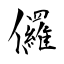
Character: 儸